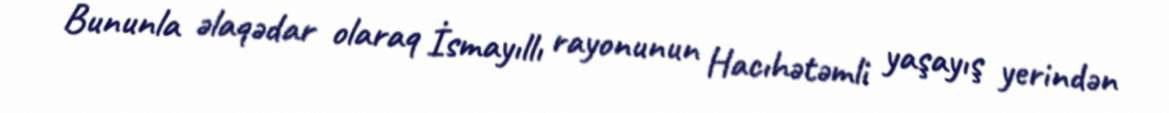
Bununla əlaqədar olaraq İsmayıllı rayonunun Hacıhətəmli yaşayış yerindən